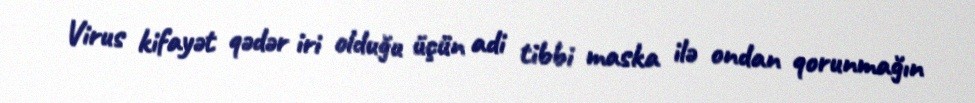
Virus kifayət qədər iri olduğu üçün adi tibbi maska ilə ondan qorunmağın